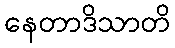
နေတာဒိသာတိ